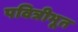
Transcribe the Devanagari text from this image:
पवित्रीभूत